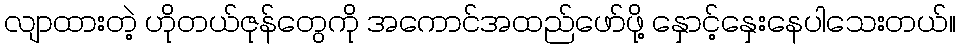
လျာထားတဲ့ ဟိုတယ်ဇုန်တွေကို အကောင်အထည်ဖော်ဖို့ နှောင့်နှေးနေပါသေးတယ်။